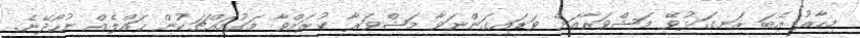
މިހާރު އެބަ ރަނގަޅުވޭ މަޝްވަރާއަށް ވަޑައިގަންނަވާ މަޝްވަރާ ކުރައްވާ މަގުމައްޗަކުން ހައްލެއް ނުހޯދޭނެ.